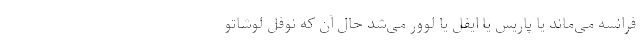
فرانسه می‌ماند یا پاریس یا ایفل یا لوور می‌شد حال آن که نوفل لوشاتو